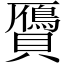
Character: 贗